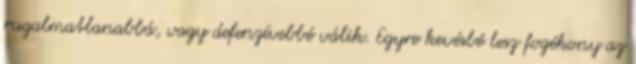
rugalmatlanabbá, vagy defenzívebbé válik. Egyre kevésbé lesz fogékony az